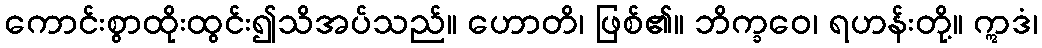
ကောင်းစွာထိုးထွင်း၍သိအပ်သည်။ ဟောတိ၊ ဖြစ်၏။ ဘိက္ခဝေ၊ ရဟန်းတို့။ ဣဒံ၊